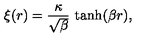
\xi ( r ) = \frac { \kappa } { \sqrt { \beta } } \ \mathrm { t a n h } ( \beta r ) ,